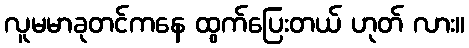
လူမမာခုတင်ကနေ ထွက်ပြေးတယ် ဟုတ် လား။